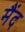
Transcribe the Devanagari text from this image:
मैंद